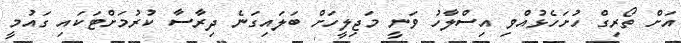
އަށް ތޯރިގް ހުށަހެޅުއްވި އިސްލާހު ވަނީ މަޖިލީހަށް ބަލައިގަނެ ދިރާސާ ކުރުމަށްޓަކައި ގައުމީ